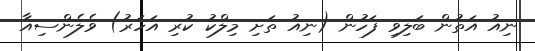
ނިއު އަތުން ބަލިވި ފަހުން (ނިއު ތަށި މިލްކު ކުރި އަހަރު) ވެލެންސިއާ